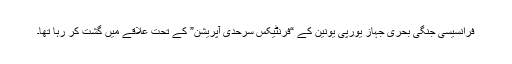
فرانسیسی جنگی بحری جہاز یورپی یونین کے “فرنٹیکس سرحدی آپریشن” کے تحت علاقے میں گشت کر رہا تھا۔